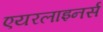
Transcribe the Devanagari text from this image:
एयरलाइनर्स